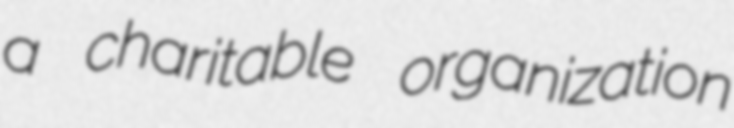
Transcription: a charitable organization